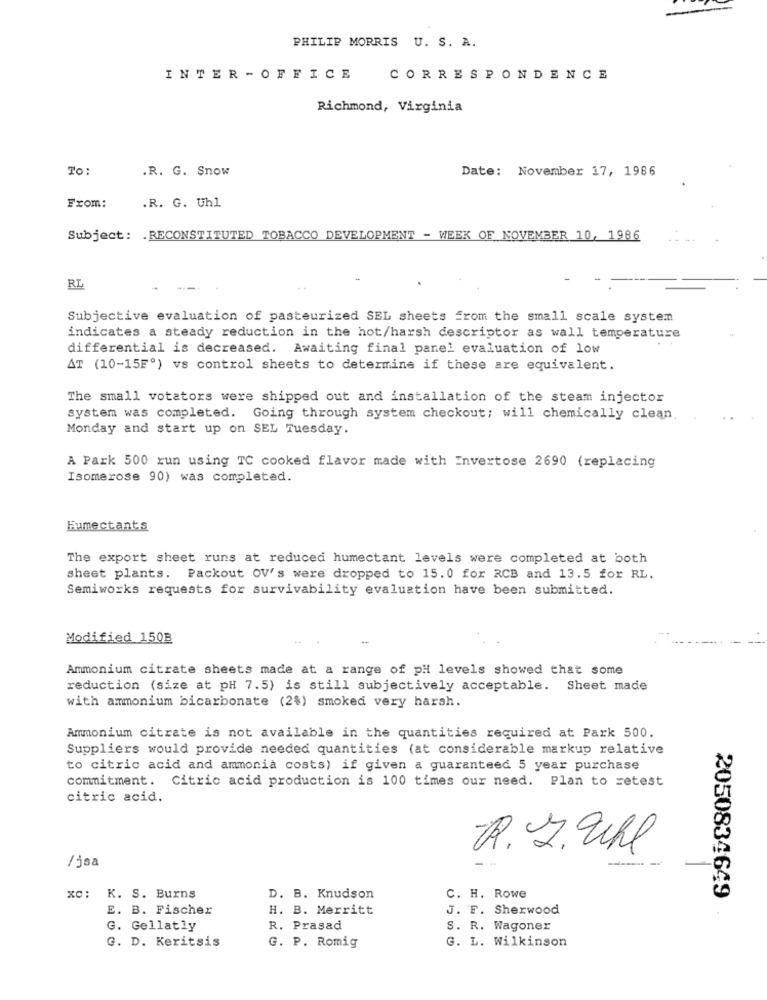
PHILIP MORRIS U. S. A.
INTER - OFFICE
CORRESPONDENCE
Richmond, Virginia
TO:
.R. G. Snow
Date: November 17, 1986
From:
.R. G. Uhl
Subject: RECONSTITUTED TOBACCO DEVELOPMENT - WEEK OF NOVEMBER 10, 1986
RL
Subjective evaluation of pasteurized SEL sheets from the small scale system
indicates a steady reduction in the hot/harsh descriptor as wall temperature
differential is decreased. Awaiting final panel evaluation of low
AT (10-15F") vs control sheets to determine if these are equivalent.
The small votators were shipped out and installation of the steam injector
system was completed. Going through system checkout; will chemically clean.
Monday and start up on SEL Tuesday.
A Park 500 run using TC cooked flavor made with Invertose 2690 (replacing
Isomerose 90) was completed.
Fumectants
The export sheet runs at reduced humectant levels were completed at both
sheet plants. Packout OV's were dropped to 15.0 for RCB and 13.5 for RL.
Semiworks requests for survivability evaluation have been submitted.
Modified 150B
-
Ammonium citrate sheets made at a range of pH levels showed that some
reduction (size at pH 7.5) is still subjectively acceptable. Sheet made
with ammonium bicarbonate (2%) smoked very harsh.
Ammonium citrate is not available in the quantities required at Park 500.
Suppliers would provide needed quantities (at considerable markup relative
to citric acid and ammonia costs) if given a guaranteed 5 year purchase
commitment. Citric acid production is 100 times our need. Plan to retest
citric acid.
R. J.Whl
/ jsa
2050834649
xc: K. S. Burns
D. B. Knudson
C. H. Rowe
E. B. Fischer
H. B. Merritt
J. F. Sherwood
G. Gellatly
R. Prasad
S. R. Wagoner
G. D. Keritsis
G. L. Wilkinson
G. P. Romig